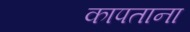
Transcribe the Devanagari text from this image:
कापताना